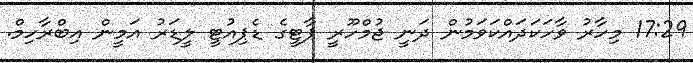
17:29 މިހާރު ވާހަކަދައްކަވަމުން ދަނީ ޖުމްހޫރީ ޕާޓީގެ ޑެޕިއުޓީ ލީޑަރު އަމީން އިބްރާހިމް.